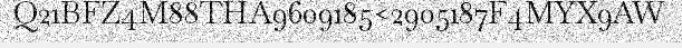
Q21BFZ4M88THA9609185<2905187F4MYX9AW